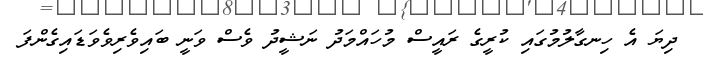
ދިޔަ އެ ހިނގާލުމުގައި ކުރީގެ ރައީސް މުހައްމަދު ނަޝީދު ވެސް ވަނީ ބައިވެރިވެވަޑައިގެންފަ